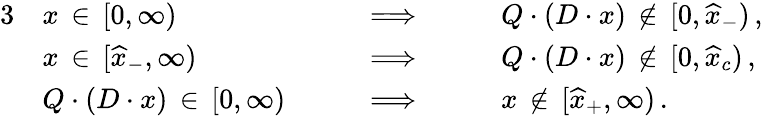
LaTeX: \begin{array}{rlrl}{{3}}&{x\, \in\, [0,\infty)}&{\qquad\Longrightarrow\qquad}&{Q\cdot(D\cdot x)\, \notin\, [0,\widehat{x}_{-})\, ,}\\ &{x\, \in\, [\widehat{x}_{-},\infty)}&{\qquad\Longrightarrow\qquad}&{Q\cdot(D\cdot x)\, \notin\, [0,\widehat{x}_{c})\, ,}\\ &{Q\cdot(D\cdot x)\, \in\, [0,\infty)}&{\qquad\Longrightarrow\qquad}&{x\, \notin\, [\widehat{x}_{+},\infty)\, .}\end{array}